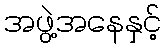
အဖွဲ့အနေနှင့်